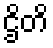
ဌိတိ